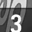
Digit: 3